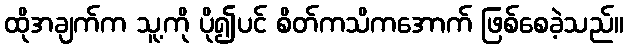
ထိုအချက်က သူ့ကို ပို၍ပင် စိတ်ကသိကအောက် ဖြစ်စေခဲ့သည်။